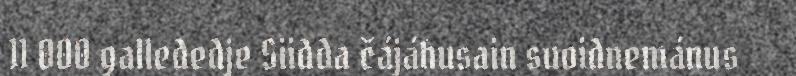
11 000 gallededje Siidda čájáhusain suoidnemánus